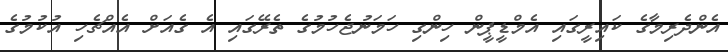
އެންދެރިމާގެ ކައިރީގައި އެމްޑީޕީން ހިންގި ހަމަނުޖެހުމުގެ ތެރޭގައި އެ ގެއަށް އެއްޗެހި އުކުމުގެ